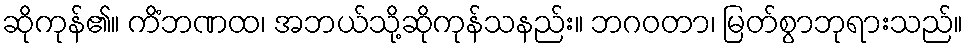
ဆိုကုန်၏။ ကိံဘဏထ၊ အဘယ်သို့ဆိုကုန်သနည်း။ ဘဂဝတာ၊ မြတ်စွာဘုရားသည်။